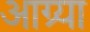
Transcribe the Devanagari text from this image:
आग्र्या